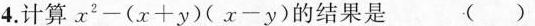
4.计算$$x ^ { 2 } - ( x + y ) ( x 一 y )$$的结果是 ( )